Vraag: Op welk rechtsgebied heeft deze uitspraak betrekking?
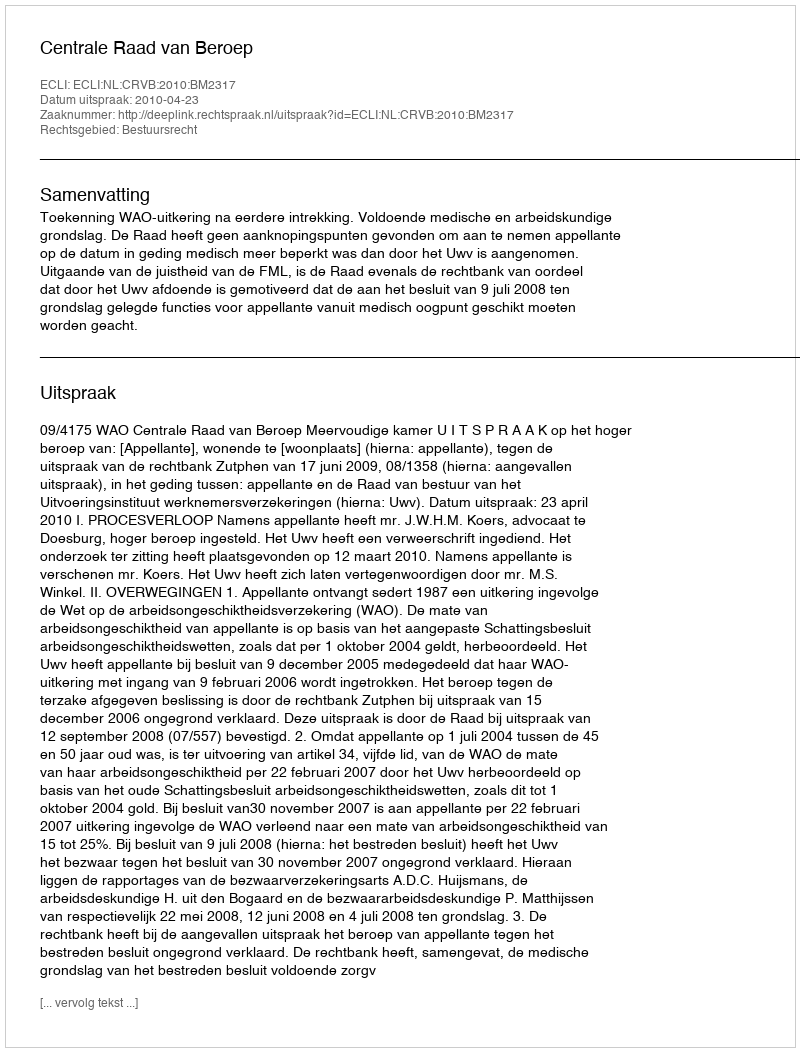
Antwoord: Bestuursrecht